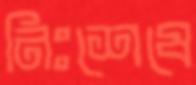
নিঃশেষে